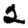
Digit: 2